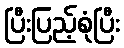
ပြီးပြည့်စုံပြီး